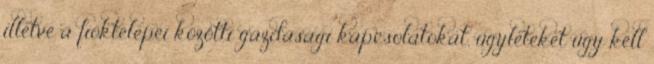
illetve a fióktelepei közötti gazdasági kapcsolatokat, ügyleteket úgy kell